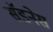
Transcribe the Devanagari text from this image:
सॅडनेस